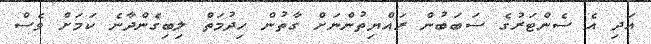
އަދި އެ ސެންޓަރުގެ ސަބަބުން ރައްޔިތުންނަށް ގާތުން ހިދުމަތް ލިބިގެންދާނެ ކަމަށް ވެސް